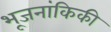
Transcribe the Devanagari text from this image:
भूजनांकिकी